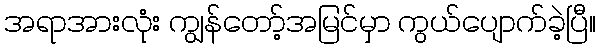
အရာအားလုံး ကျွန်တော့်အမြင်မှာ ကွယ်ပျောက်ခဲ့ပြီ။